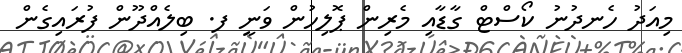
މިއަދު ހެނދުނު ކޯސްޓް ގާޑާއި މެރިން ޕޮލިހުން ވަނީ ފ. ބިލެއްދޫން ފުރައިގެން